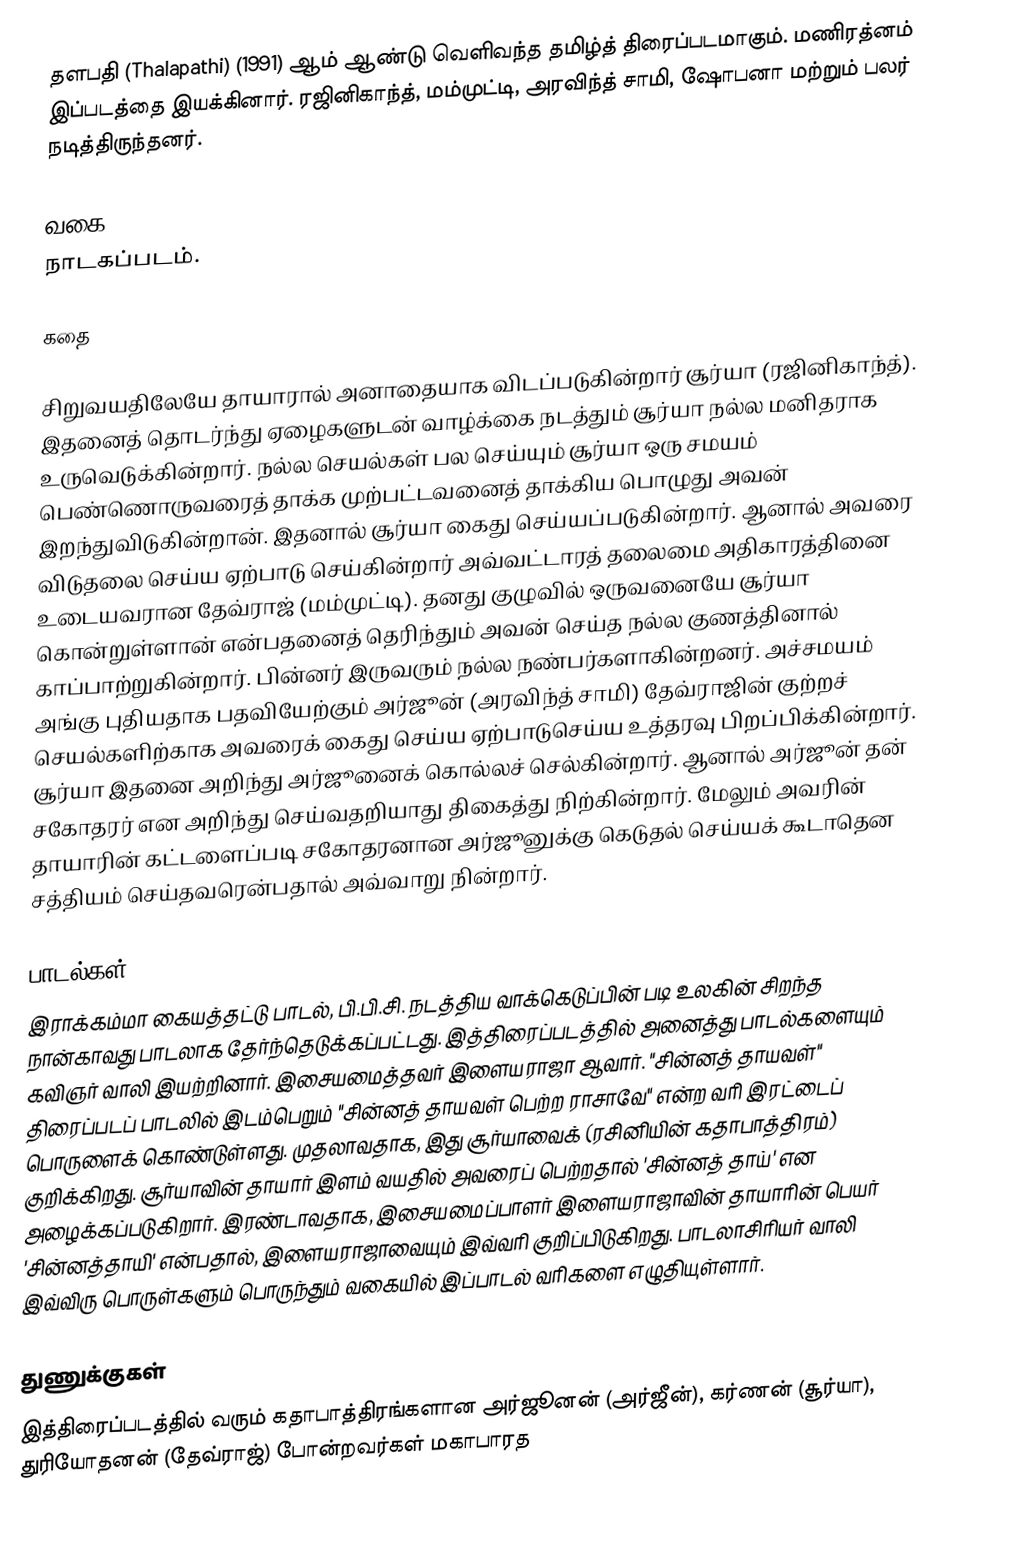
தளபதி (Thalapathi) (1991) ஆம் ஆண்டு வெளிவந்த தமிழ்த் திரைப்படமாகும்.  மணிரத்னம் இப்படத்தை இயக்கினார். ரஜினிகாந்த், மம்முட்டி, அரவிந்த் சாமி, ஷோபனா மற்றும் பலர் நடித்திருந்தனர்.

வகை
நாடகப்படம்.

கதை

சிறுவயதிலேயே தாயாரால் அனாதையாக விடப்படுகின்றார் சூர்யா (ரஜினிகாந்த்). இதனைத் தொடர்ந்து ஏழைகளுடன் வாழ்க்கை நடத்தும் சூர்யா நல்ல மனிதராக உருவெடுக்கின்றார். நல்ல செயல்கள் பல செய்யும் சூர்யா ஒரு சமயம் பெண்ணொருவரைத் தாக்க முற்பட்டவனைத் தாக்கிய பொழுது அவன் இறந்துவிடுகின்றான். இதனால் சூர்யா கைது செய்யப்படுகின்றார். ஆனால் அவரை விடுதலை செய்ய ஏற்பாடு செய்கின்றார் அவ்வட்டாரத் தலைமை அதிகாரத்தினை உடையவரான தேவ்ராஜ் (மம்முட்டி). தனது குழுவில் ஒருவனையே சூர்யா கொன்றுள்ளான் என்பதனைத் தெரிந்தும் அவன் செய்த நல்ல குணத்தினால் காப்பாற்றுகின்றார். பின்னர் இருவரும் நல்ல நண்பர்களாகின்றனர். அச்சமயம் அங்கு புதியதாக பதவியேற்கும் அர்ஜூன் (அரவிந்த் சாமி) தேவ்ராஜின் குற்றச் செயல்களிற்காக அவரைக் கைது செய்ய ஏற்பாடுசெய்ய உத்தரவு பிறப்பிக்கின்றார். சூர்யா இதனை அறிந்து அர்ஜூனைக் கொல்லச் செல்கின்றார். ஆனால் அர்ஜூன் தன் சகோதரர் என அறிந்து செய்வதறியாது திகைத்து நிற்கின்றார். மேலும் அவரின் தாயாரின் கட்டளைப்படி சகோதரனான அர்ஜூனுக்கு கெடுதல் செய்யக் கூடாதென சத்தியம் செய்தவரென்பதால் அவ்வாறு நின்றார்.

பாடல்கள்
இராக்கம்மா கையத்தட்டு பாடல், பி.பி.சி. நடத்திய வாக்கெடுப்பின் படி உலகின் சிறந்த நான்காவது பாடலாக தேர்ந்தெடுக்கப்பட்டது. இத்திரைப்படத்தில் அனைத்து பாடல்களையும் கவிஞர் வாலி இயற்றினார். இசையமைத்தவர் இளையராஜா ஆவார். "சின்னத் தாயவள்" திரைப்படப் பாடலில் இடம்பெறும் "சின்னத் தாயவள் பெற்ற ராசாவே" என்ற வரி இரட்டைப் பொருளைக் கொண்டுள்ளது. முதலாவதாக, இது  சூர்யாவைக் (ரசினியின் கதாபாத்திரம்) குறிக்கிறது. சூர்யாவின் தாயார் இளம் வயதில் அவரைப் பெற்றதால் 'சின்னத் தாய்' என அழைக்கப்படுகிறார். இரண்டாவதாக, இசையமைப்பாளர் இளையராஜாவின் தாயாரின் பெயர் 'சின்னத்தாயி' என்பதால், இளையராஜாவையும் இவ்வரி குறிப்பிடுகிறது. பாடலாசிரியர் வாலி இவ்விரு பொருள்களும் பொருந்தும் வகையில் இப்பாடல் வரிகளை எழுதியுள்ளார்.

துணுக்குகள்
இத்திரைப்படத்தில் வரும் கதாபாத்திரங்களான அர்ஜூனன் (அர்ஜீன்), கர்ணன் (சூர்யா), துரியோதனன் (தேவ்ராஜ்) போன்றவர்கள் மகாபாரத